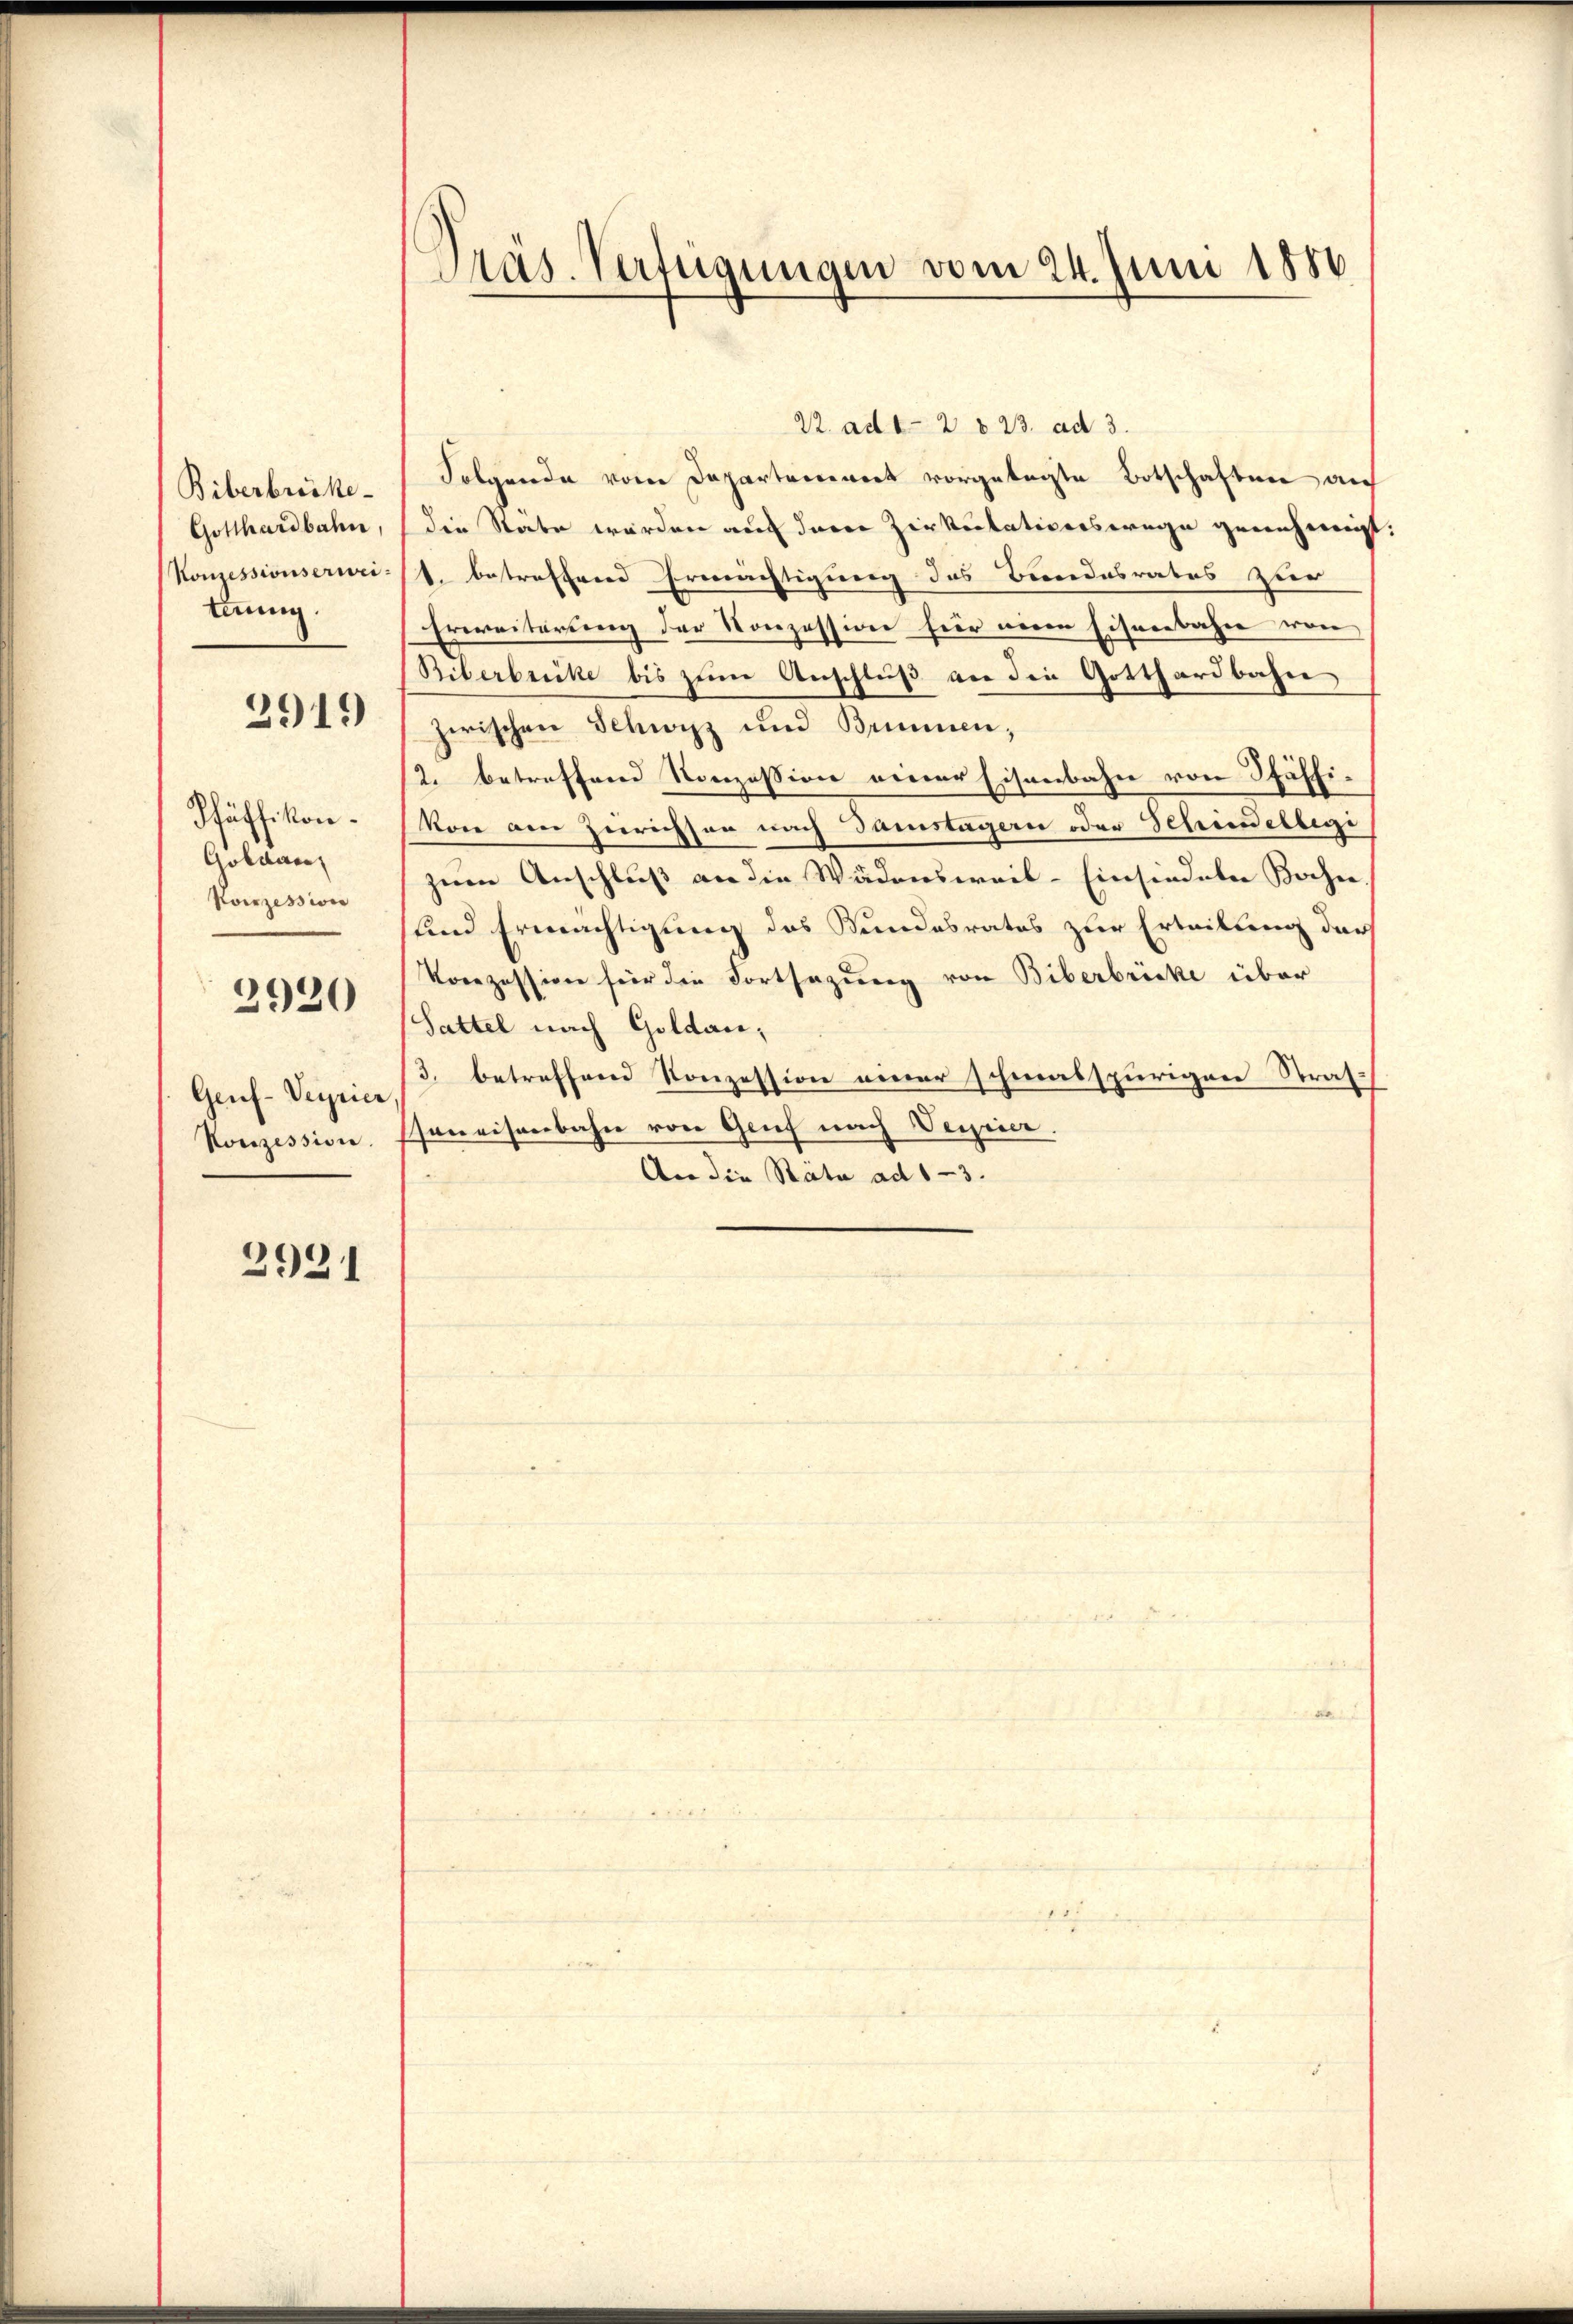
Biberbrücke
Gotthardbahn,
Konzessionserweiteung.

2919)

Pfäffikon.
Goldac
Konzession

2920

Genf- Verrier
Konzession.

2931

Pas. Verfügungen vom 24. Juni 1886

22. ad 1-2 § 23. ad 3.
Folgende vom Departemenort vorgelegte Botschaften auf
die Stäbe werden auf derer Zirkulationswege genehmigt:
1. betreffene Ermächtigung des Bundesrates zur
Erweiterung der Konzession hier neuen Eisenbahn von
Biberbrücke bis zum Anschluß an die Gotthardbahn,
zwischen Schwyz und Brunnen;
2. betreffend Konzession einer Eisenbahn von Pfäffi-
von am Zürichson nach Gamstagern oder Schnellegi
zum Anschluß an die Wädensweil–Einsiedeln Bahn.
und Ermächtigung des Stundesrates zur Erteilung darf
Korezession für die Fortsazung von Biberbrücke über
(Sattel nach Goldan;
3. betreffend Konzession einer schmalspurigen Straf-
sseneisenbahn von Grief nach Vereier.
An die Rata ad 1-3.